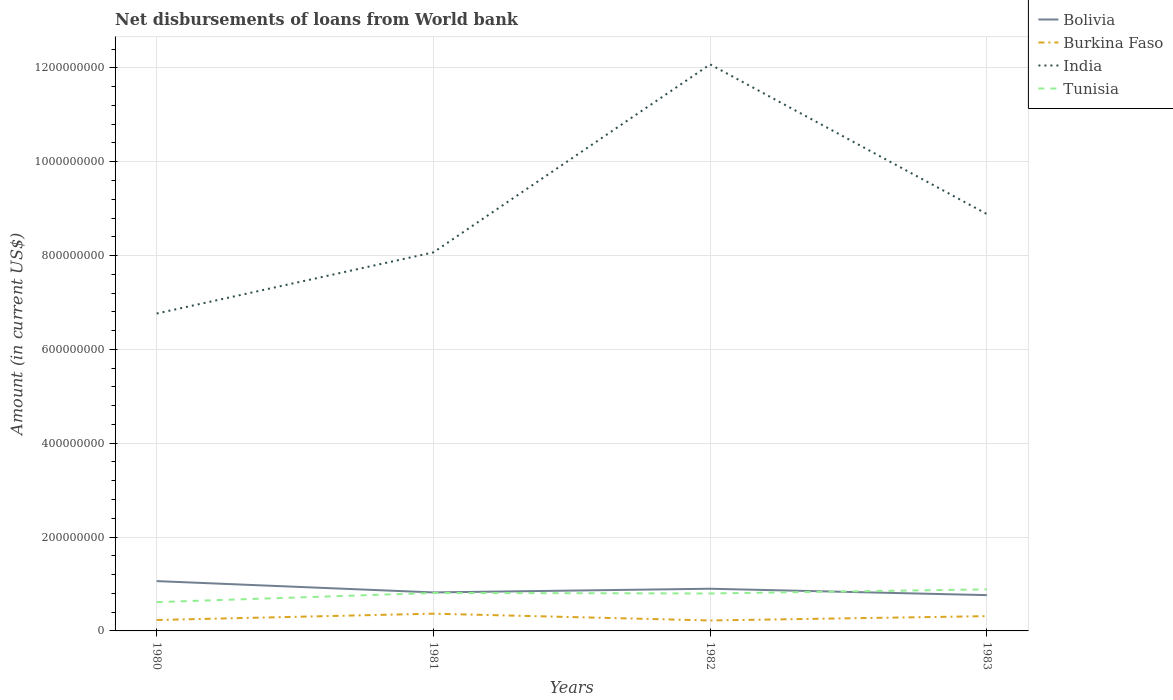
| Years | Bolivia | Burkina Faso | India | Tunisia |
 | --- | --- | --- | --- | --- |
 | 1980 | 1.06e+08 | 2.33e+07 | 6.76e+08 | 6.14e+07 |
 | 1981 | 8.21e+07 | 3.68e+07 | 8.07e+08 | 8.09e+07 |
 | 1982 | 8.99e+07 | 2.23e+07 | 1.21e+09 | 7.98e+07 |
 | 1983 | 7.63e+07 | 3.15e+07 | 8.88e+08 | 8.86e+07 |